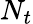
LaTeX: N_{t}